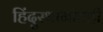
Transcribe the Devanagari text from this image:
हिंदुस्थानांतही